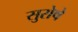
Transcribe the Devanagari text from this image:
सुरोषे